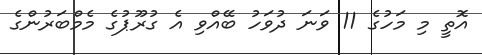
އޮތީ މި މަހުގެ 11 ވަނަ ދުވަހު ބޭއްވި އެ ގުރޫޕުގެ މެމްބަރުންގެ